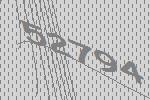
52794